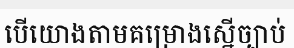
បើយោងតាមគម្រោងស្នើច្បាប់